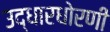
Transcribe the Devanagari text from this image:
उद्धारधोरणी